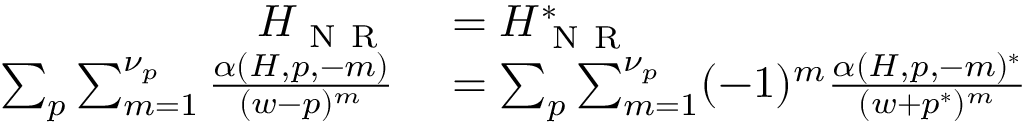
\begin{array} { r } { \begin{array} { r l } { H _ { \mathrm { ~ N ~ R ~ } } } & { { } = H _ { \mathrm { ~ N ~ R ~ } } ^ { * } } \\ { \sum _ { p } \sum _ { m = 1 } ^ { \nu _ { p } } \frac { \alpha ( H , p , - m ) } { ( w - p ) ^ { m } } } & { { } = \sum _ { p } \sum _ { m = 1 } ^ { \nu _ { p } } ( - 1 ) ^ { m } \frac { \alpha ( H , p , - m ) ^ { * } } { ( w + p ^ { * } ) ^ { m } } } \end{array} } \end{array}